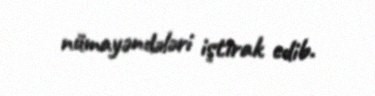
nümayəndələri iştirak edib.